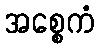
အစ္စေကံ